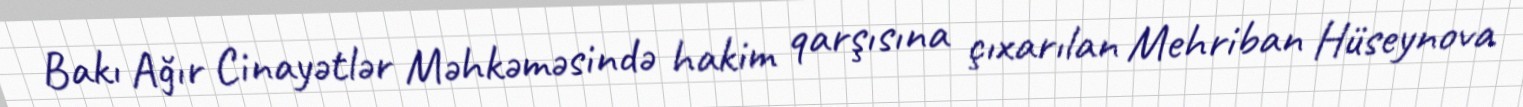
Bakı Ağır Cinayətlər Məhkəməsində hakim qarşısına çıxarılan Mehriban Hüseynova